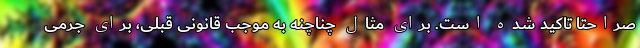
صراحتا تاکید شده است. برای مثال چناچنه به موجب قانونی قبلی، برای جرمی